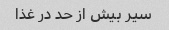
سیر بیش از حد در غذا